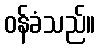
ဝန်ခံသည်။